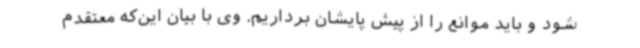
شود و باید موانع را از پیش پایشان برداریم. وی با بیان این‌که معتقدم